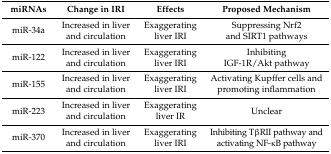
<table><thead><tr><td><b>miRNAs</b></td><td><b>Change in IRI</b></td><td><b>Effects</b></td><td><b>Proposed Mechanism</b></td></tr></thead><tbody><tr><td>miR-34a</td><td>Increased in liver and circulation</td><td>Exaggerating liver IRI</td><td>Suppressing Nrf2 and SIRT1 pathways</td></tr><tr><td>miR-122</td><td>Increased in liver and circulation</td><td>Exaggerating liver IRI</td><td>Inhibiting IGF-1R/Akt pathway</td></tr><tr><td>miR-155</td><td>Increased in liver and circulation</td><td>Exaggerating liver IRI</td><td>Activating Kupffer cells and promoting inflammation</td></tr><tr><td>miR-223</td><td>Increased in liver and circulation</td><td>Exaggerating liver IR</td><td>Unclear</td></tr><tr><td>miR-370</td><td>Increased in liver and circulation</td><td>Exaggerating liver IRI</td><td>Inhibiting TβRII pathway and activating NF-κB pathway</td></tr></tbody></table>